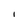
Character: I